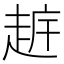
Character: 𧻧